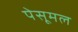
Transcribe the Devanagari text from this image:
पेसूमल